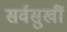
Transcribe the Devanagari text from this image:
सर्वसुखीं